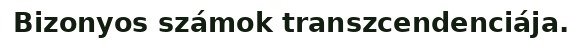
Bizonyos számok transzcendenciája.